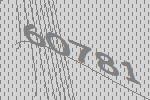
60781